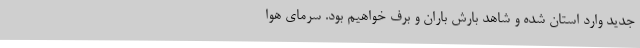
جدید وارد استان شده و شاهد بارش باران و برف خواهیم بود. سرمای هوا